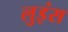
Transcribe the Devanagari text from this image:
लुइंस